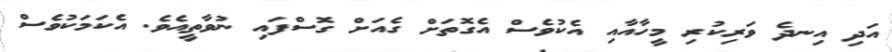
އަދި އިނދެ ވަރިކުރި މީހާއާއި އެކުވެސް އެގޮތަށް ގެއަށް ގޮސްފައި ނުވާތީއެވެ. އެކަމަކުވެސް